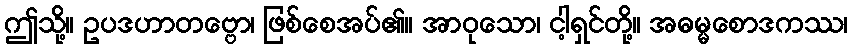
ဤသို့။ ဥပဒဟာတဗ္ဗော၊ ဖြစ်စေအပ်၏။ အာဝုသော၊ ငါ့ရှင်တို့။ အဓမ္မစောဒကဿ၊